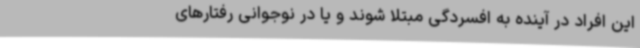
این افراد در آینده به افسردگی مبتلا شوند و یا در نوجوانی رفتارهای